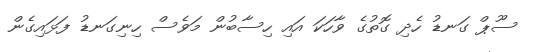
ސޫޕް ގަނޑު ހެދި ގޮތުގެ ވާހަކަ އައި ހިސާބުން މަވެސް ހިނިގަނޑު ފަޅައިގެން